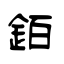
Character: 銆